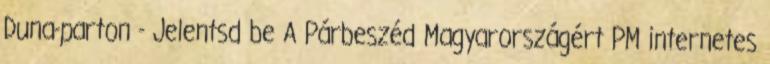
Duna-parton - Jelentsd be A Párbeszéd Magyarországért PM internetes